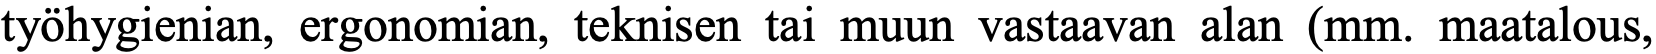
työhygienian, ergonomian, teknisen tai muun vastaavan alan (mm. maatalous,